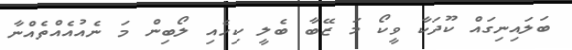
ބަލައިނިގައް ކޫދަކާ ވީކޯ މަ ޒޭބާ ބެލީ ކިހެއި ލޯބިން މަ ނެއުއެއްތެއްނާ